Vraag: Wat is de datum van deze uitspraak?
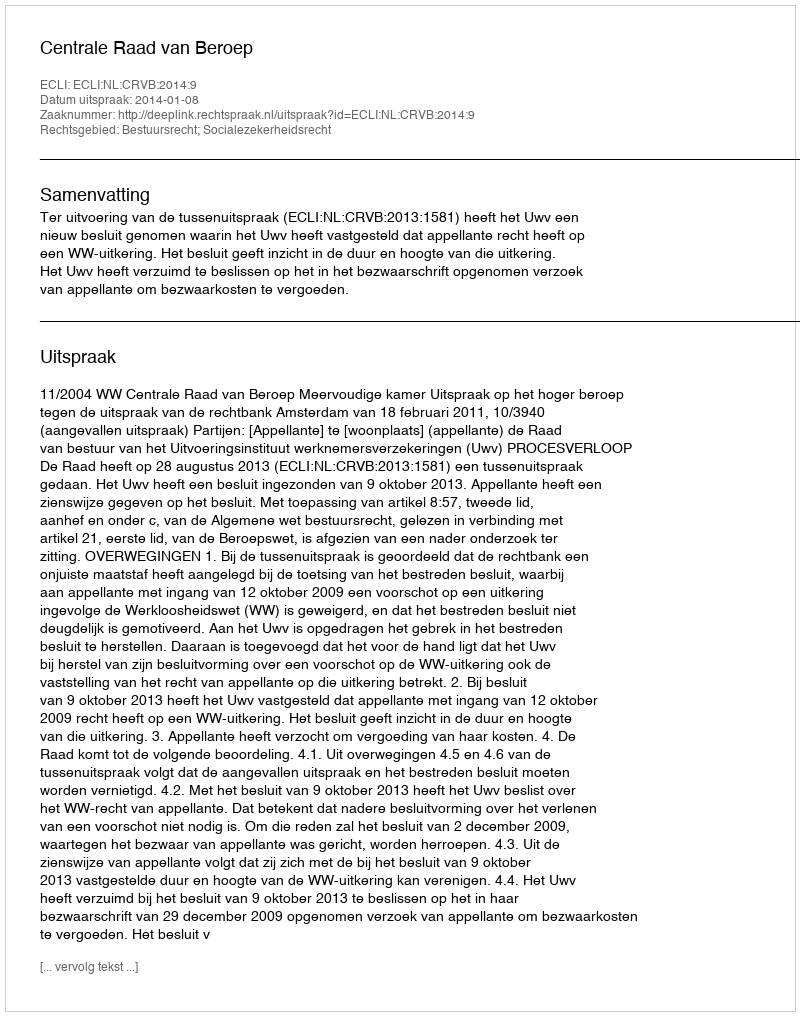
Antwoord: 2014-01-08